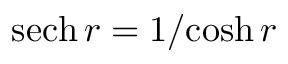
\operatorname { s e c h } r = { 1 } / { \cosh { r } }